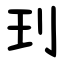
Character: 㺫